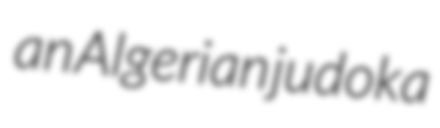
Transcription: an Algerian judoka